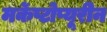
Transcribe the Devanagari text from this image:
मर्केप्टोप्यूरीन